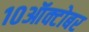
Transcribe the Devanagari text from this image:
१०ऑक्टोबर